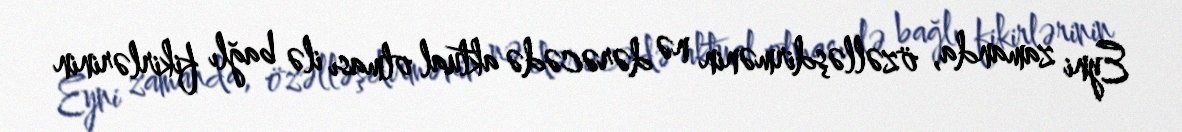
Eyni zamanda, özəlləşdirmənin nə dərəcədə aktual olması ilə bağlı fikirlərinin